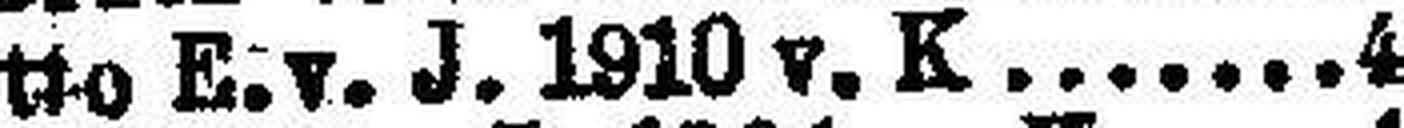
detto E. v. J. 1910 v. K. 4